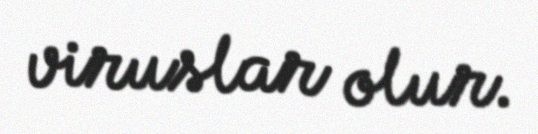
viruslar olur.